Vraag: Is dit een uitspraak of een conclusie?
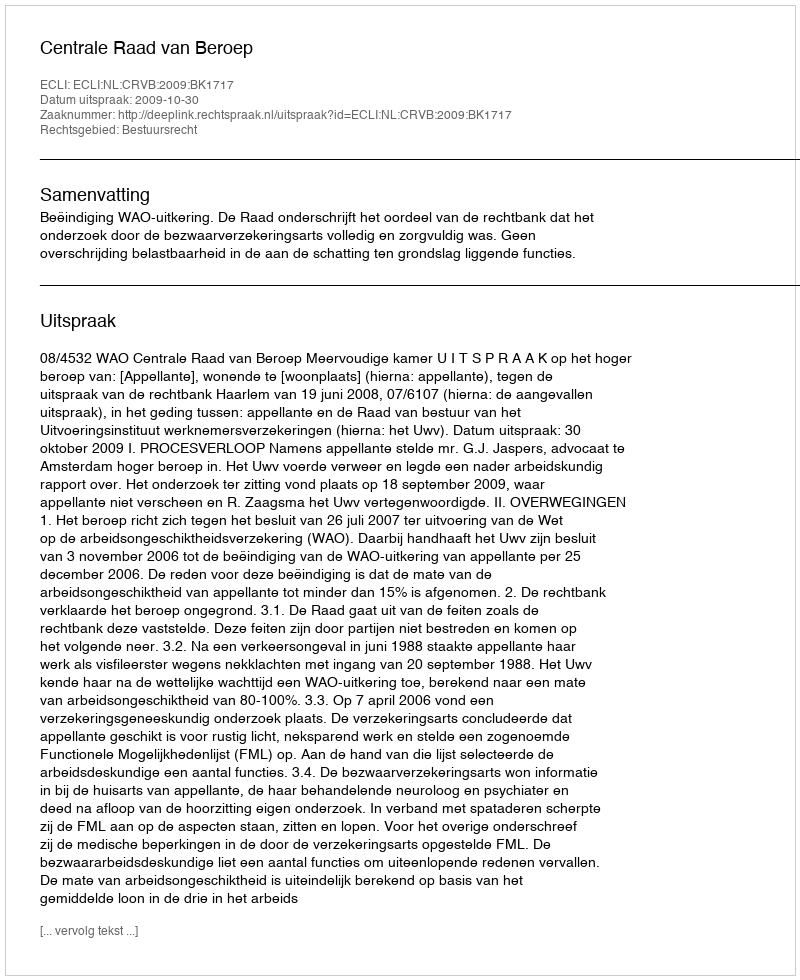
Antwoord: Uitspraak